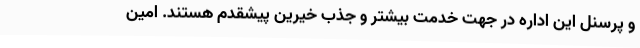
و پرسنل این اداره در جهت خدمت بیشتر و جذب خیرین پیشقدم هستند. امین